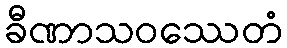
ခီဏာသဝဿေတံ